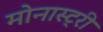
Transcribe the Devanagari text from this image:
मोनास्ट्री